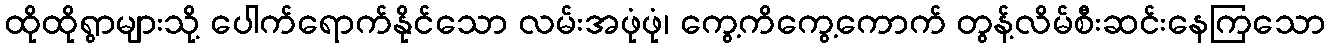
ထိုထိုရွာများသို့ ပေါက်ရောက်နိုင်သော လမ်းအဖုံဖုံ၊ ကွေ့ကိကွေ့ကောက် တွန့်လိမ်စီးဆင်းနေကြသော